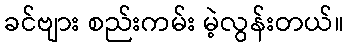
ခင်ဗျား စည်းကမ်း မဲ့လွန်းတယ်။